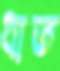
ধাত